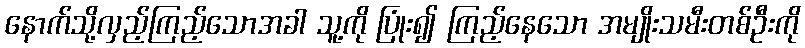
နောက်သို့လှည့်ကြည့်သောအခါ သူ့ကို ပြုံး၍ ကြည့်နေသော အမျိုးသမီးတစ်ဦးကို